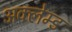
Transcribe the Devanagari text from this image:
अक्लेम्ड